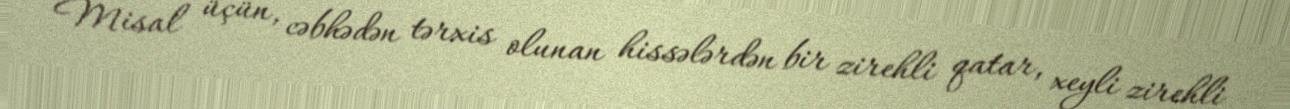
Misal üçün, cəbhədən tərxis olunan hissələrdən bir zirehli qatar, xeyli zirehli